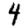
Digit: 4